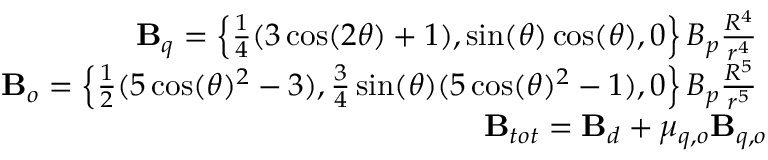
\begin{array} { r l r } { \mathrm { ~ } } & { { } } & { { \bf B } _ { q } = \left\{ \frac { 1 } { 4 } ( 3 \cos ( 2 \theta ) + 1 ) , \sin ( \theta ) \cos ( \theta ) , 0 \right\} B _ { p } \frac { R ^ { 4 } } { r ^ { 4 } } \mathrm { ~ } } \\ { \mathrm { ~ } } & { { } } & { { \bf B } _ { o } = \left\{ \frac { 1 } { 2 } ( 5 \cos ( \theta ) ^ { 2 } - 3 ) , \frac { 3 } { 4 } \sin ( \theta ) ( 5 \cos ( \theta ) ^ { 2 } - 1 ) , 0 \right\} B _ { p } \frac { R ^ { 5 } } { r ^ { 5 } } \mathrm { ~ } } \\ { \mathrm { ~ } } & { { } } & { { \bf B } _ { t o t } = { \bf B } _ { d } + \mu _ { q , o } { \bf B } _ { q , o } } \end{array}